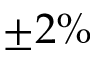
\pm 2 \%